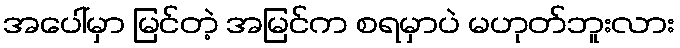
အပေါ်မှာ မြင်တဲ့ အမြင်က စရမှာပဲ မဟုတ်ဘူးလား